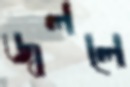
জ্বললে